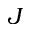
J